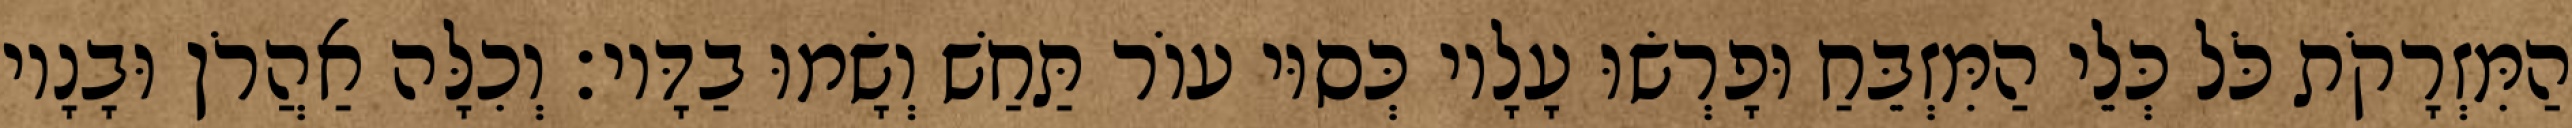
הַמִּזְרָקֹת כֹּל כְּלֵי הַמִּזְבֵּחַ וּפָרְשׂוּ עָלָיו כְּסוּי עוֹר תַּחַשׁ וְשָׂמוּ בַדָּיו׃ וְכִלָּה אַהֲרֹן וּבָנָיו